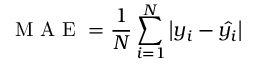
\mathrm { ~ M ~ A ~ E ~ } = \frac { 1 } { N } \sum _ { i = 1 } ^ { N } \left| y _ { i } - \hat { y _ { i } } \right|